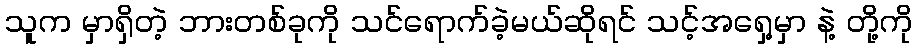
သူက မှာရှိတဲ့ ဘားတစ်ခုကို သင်ရောက်ခဲ့မယ်ဆိုရင် သင့်အရှေ့မှာ နဲ့ တို့ကို